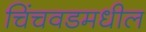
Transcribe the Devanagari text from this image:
चिंचवडमधील